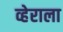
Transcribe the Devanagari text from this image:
व्हेराला